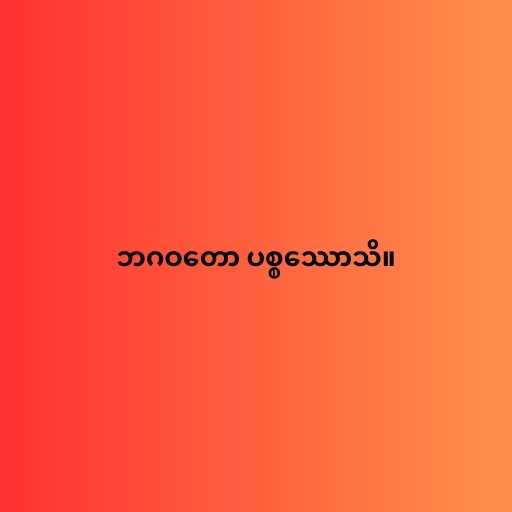
ဘဂဝတော ပစ္စဿောသိ။